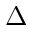
\Delta